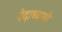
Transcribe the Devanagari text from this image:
वेदाध्यायी